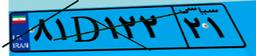
۸۱D۱۲۲۲۱